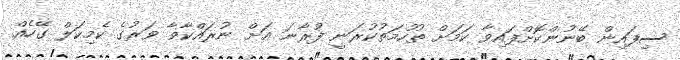
ސިފައިން ބޭނުންކޮށްފައިވާ ކަމަށް ތުހުމަތުކުރަނީ ފުރާނަ އަށް ނުރައްކާވާ ވަރުގެ ކެމިކަލް ގޭހެއް